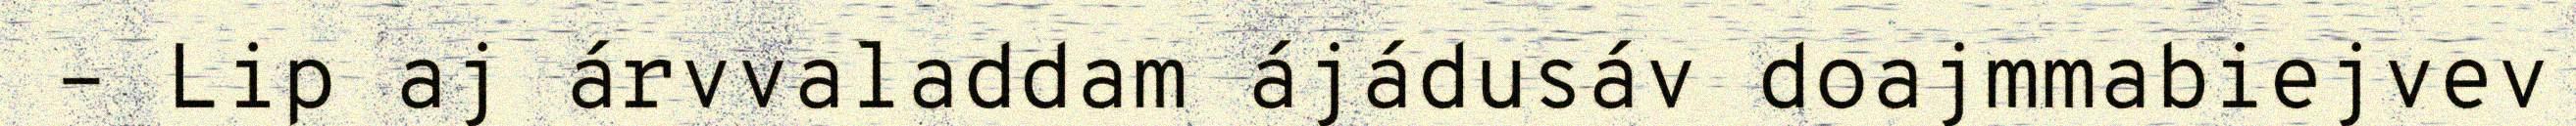
– Lip aj árvvaladdam ájádusáv doajmmabiejvev